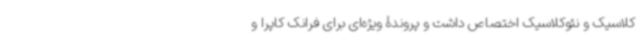
کلاسیک و نئوکلاسیک اختصاص داشت و پروندۀ ویژه‌ای برای فرانک کاپرا و